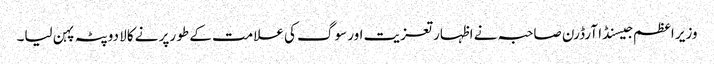
وزیر اعظم جیسنڈا آرڈرن صاحبہ نے اظہار تعزیت اور سوگ کی علامت کے طو رپر نے کالا دوپٹہ پہن لیا۔